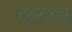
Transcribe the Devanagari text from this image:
द्ग्द्ल्ब